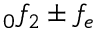
_ 0 f _ { 2 } \pm f _ { e }